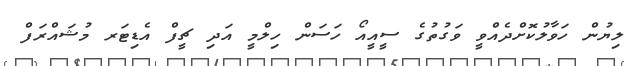
ލިޔުން ހަވާލުކޮށްދެއްވީ ވަގުތުގެ ސީއީއޯ ހަސަން ހިލްމީ އަދި ޗީފް އެޑިޓަރ މުޝައްރަފް